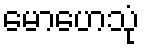
မောဟေသုံ